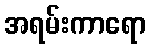
အရမ်းကာရော